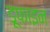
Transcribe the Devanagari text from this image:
डूफाइन